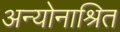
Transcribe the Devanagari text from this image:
अन्योनाश्रित